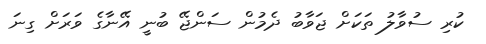
ކުރި ސުވާލު ތަކަށް ޖަވާބު ދެމުން ސަންޖޭ ބުނީ އޭނާގެ ވަރަށް ގިނަ